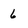
Character: 6